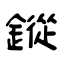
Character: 鏦